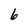
Character: 6